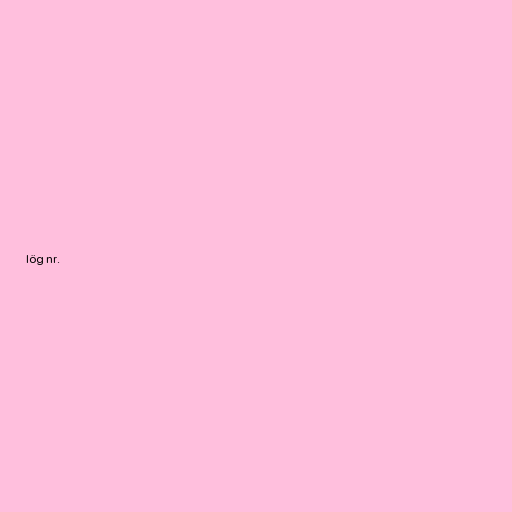
lög nr.